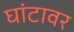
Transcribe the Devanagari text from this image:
घांटावर